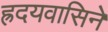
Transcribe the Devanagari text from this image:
ह्रदयवासिने